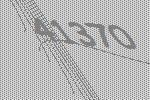
41370